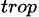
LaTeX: _{trop}